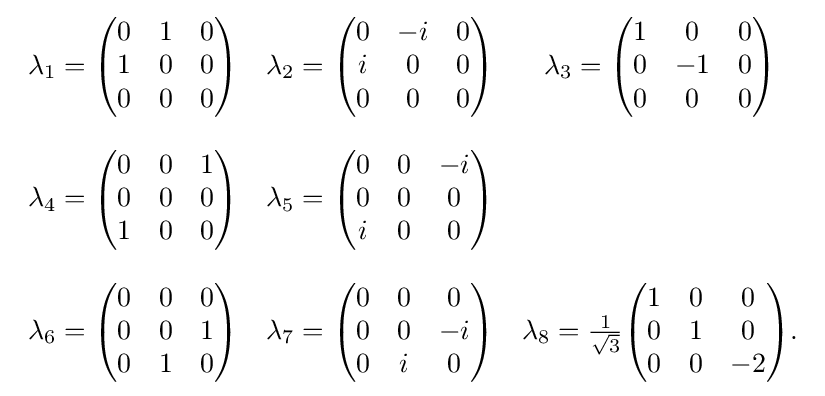
{\begin{array}{ccc}\lambda _{1}={\begin{pmatrix}0&1&0\\1&0&0\\0&0&0\end{pmatrix}}&\lambda _{2}={\begin{pmatrix}0&-i&0\\i&0&0\\0&0&0\end{pmatrix}}&\lambda _{3}={\begin{pmatrix}1&0&0\\0&-1&0\\0&0&0\end{pmatrix}}\\\\\lambda _{4}={\begin{pmatrix}0&0&1\\0&0&0\\1&0&0\end{pmatrix}}&\lambda _{5}={\begin{pmatrix}0&0&-i\\0&0&0\\i&0&0\end{pmatrix}}\\\\\lambda _{6}={\begin{pmatrix}0&0&0\\0&0&1\\0&1&0\end{pmatrix}}&\lambda _{7}={\begin{pmatrix}0&0&0\\0&0&-i\\0&i&0\end{pmatrix}}&\lambda _{8}={\frac {1}{\sqrt {3}}}{\begin{pmatrix}1&0&0\\0&1&0\\0&0&-2\end{pmatrix}}.\end{array}}